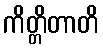
ကိတ္တိတာတိ